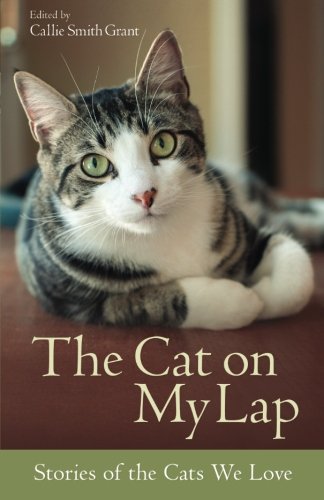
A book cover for The Cat on My Lap: Stories of the Cats We Love; Crafts, Hobbies & Home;